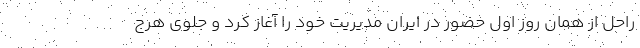
راحل از همان روز اول حضور در ایران مدیریت خود را آغاز کرد و جلوی هرج